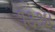
૧૩૩૪